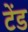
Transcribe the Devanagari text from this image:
टेंड